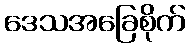
ဒေသအခြေစိုက်